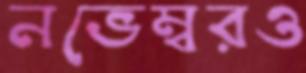
নভেম্বরও